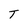
Character: T